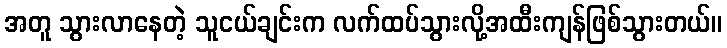
အတူ သွားလာနေတဲ့ သူငယ်ချင်းက လက်ထပ်သွားလို့အထီးကျန်ဖြစ်သွားတယ်။